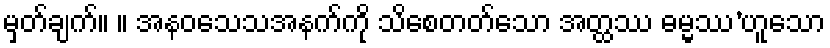
မှတ်ချက်။ ။ အနဝသေသအနက်ကို သိစေတတ်သော အတ္ထဿ ဓမ္မဿ’ဟူသော